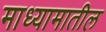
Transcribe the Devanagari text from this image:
माध्यामातील